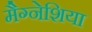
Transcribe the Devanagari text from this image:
मैग्नेशिया